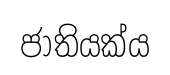
ජාතියක්ය